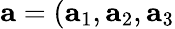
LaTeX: \mathbf{a}=(\mathbf{a}_{1},\mathbf{a}_{2},\mathbf{a}_{3}